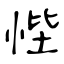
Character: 悂